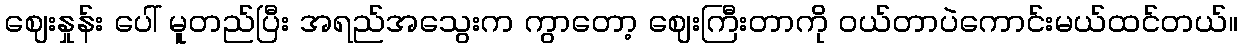
ဈေးနှုန်း ပေါ် မူတည်ပြီး အရည်အသွေးက ကွာတော့ ဈေးကြီးတာကို ဝယ်တာပဲကောင်းမယ်ထင်တယ်။